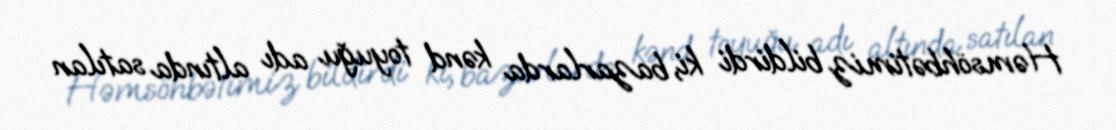
Həmsöhbətimiz bildirdi ki, bazarlarda kənd toyuğu adı altında satılan